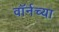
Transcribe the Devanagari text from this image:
वॉर्नच्या